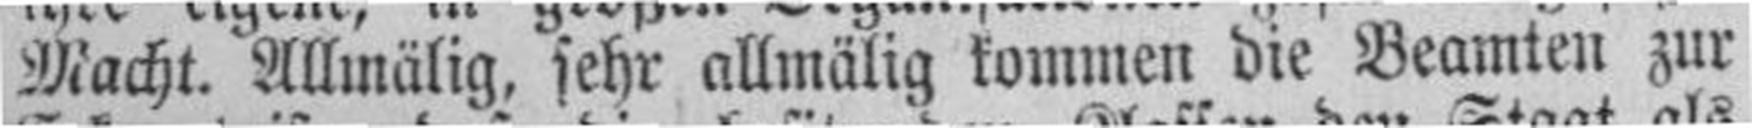
Macht. Allmälig, sehr allmälig kommen die Beamten zur